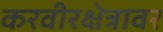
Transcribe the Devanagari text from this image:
करवीरक्षेत्रावर